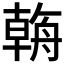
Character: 𦩻